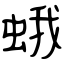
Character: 蛾